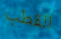
القطب